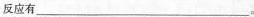
反应有___。